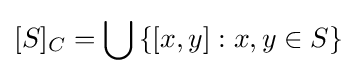
[S]_{C}=\bigcup \left\{[x,y]:x,y\in S\right\}